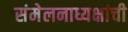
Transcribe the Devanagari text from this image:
संमेलनाध्यक्षांची